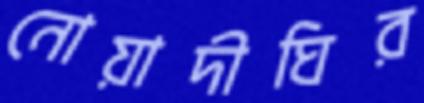
নোয়াদীঘির